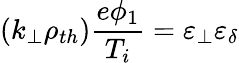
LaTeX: (k_{\perp}\rho_{th})\frac{e\phi_{1}}{T_{i}}=\varepsilon_{\perp}\varepsilon_{\delta}